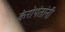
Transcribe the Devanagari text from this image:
केरोपंतांनी